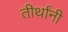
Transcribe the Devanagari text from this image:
तीर्थांनी